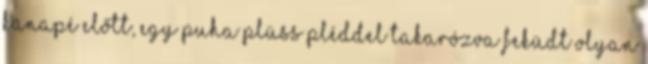
kanapé előtt, egy puha plüss pléddel takarózva feküdt olyan